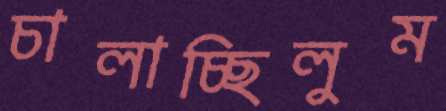
চালাচ্ছিলুম